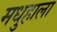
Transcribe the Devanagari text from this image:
मधुहाला